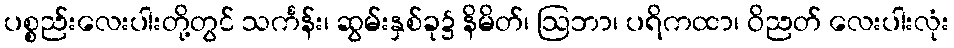
ပစ္စည်းလေးပါးတို့တွင် သင်္ကန်း၊ ဆွမ်းနှစ်ခု၌ နိမိတ်၊ ဩဘာ၊ ပရိကထာ၊ ဝိညတ် လေးပါးလုံး